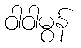
ဝါဝါမွန်